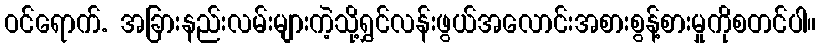
ဝင်ရောက်. အခြားနည်းလမ်းများကဲ့သို့ရွှင်လန်းဖွယ်အလောင်းအစားစွန့်စားမှုကိုစတင်ပါ။